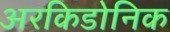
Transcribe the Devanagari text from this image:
अरकिडोनिक